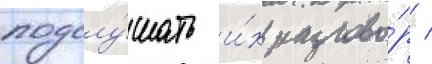
подслу́шать и́х разгово́р /